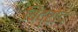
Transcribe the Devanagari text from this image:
विद्रोद